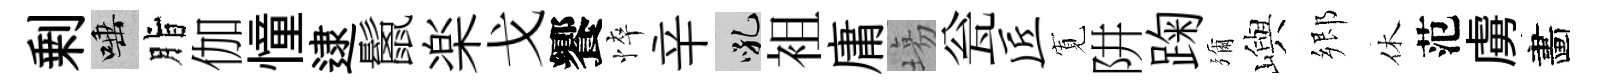
剰唾脂伽憧逮鬛楽戈饗悴辛吼袓庸塲瓮匠𡩖阱踘彌嶼郷休范虜畵